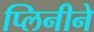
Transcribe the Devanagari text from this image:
प्लिनीने